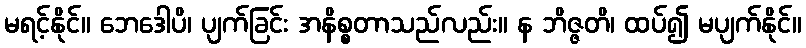
မရင့်နိုင်။ ဘေဒေါပိ၊ ပျက်ခြင်း အနိစ္စတာသည်လည်း။ န ဘိဇ္ဇတိ၊ ထပ်၍ မပျက်နိုင်။